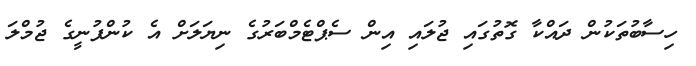
ހިސާބުތަކުން ދައްކާ ގޮތުގައި ޖުލައި އިން ސެޕްޓެމްބަރުގެ ނިޔަލަށް އެ ކުންފުނީގެ ޖުމްލަ